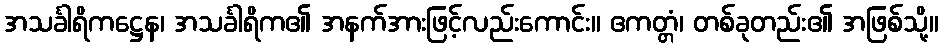
အသင်္ခါရိကဋ္ဌေန၊ အသင်္ခါရိက၏ အနက်အားဖြင့်လည်းကောင်း။ ဧကတ္တံ၊ တစ်ခုတည်း၏ အဖြစ်သို့။